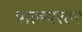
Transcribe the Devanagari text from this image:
पाल्म्यरह२